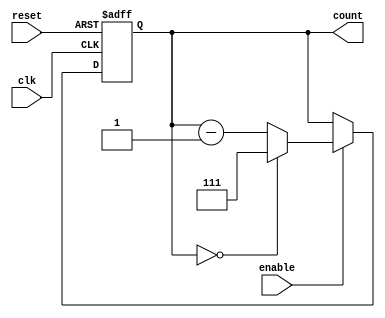
module binary_down_counter (
    input wire clk,          // Clock signal
    input wire reset,        // Asynchronous active-high reset
    input wire enable,       // Active-high enable signal
    output reg [2:0] count   // 3-bit count output (maximum value is 7)
);

    // Define maximum count value
    localparam MAX_COUNT = 3'b111;  // Maximum value for a 3-bit counter (7)

    // Asynchronous reset and counting logic
    always @(posedge clk or posedge reset) begin
        if (reset) begin
            count <= MAX_COUNT;  // Reset counter to maximum value
        end else if (enable) begin
            if (count == 3'b000) begin
                count <= MAX_COUNT;  // Wrap around to maximum value
            end else begin
                count <= count - 1;   // Decrement count
            end
        end
        // If enable is low, count retains its value (hold condition)
    end

endmodule